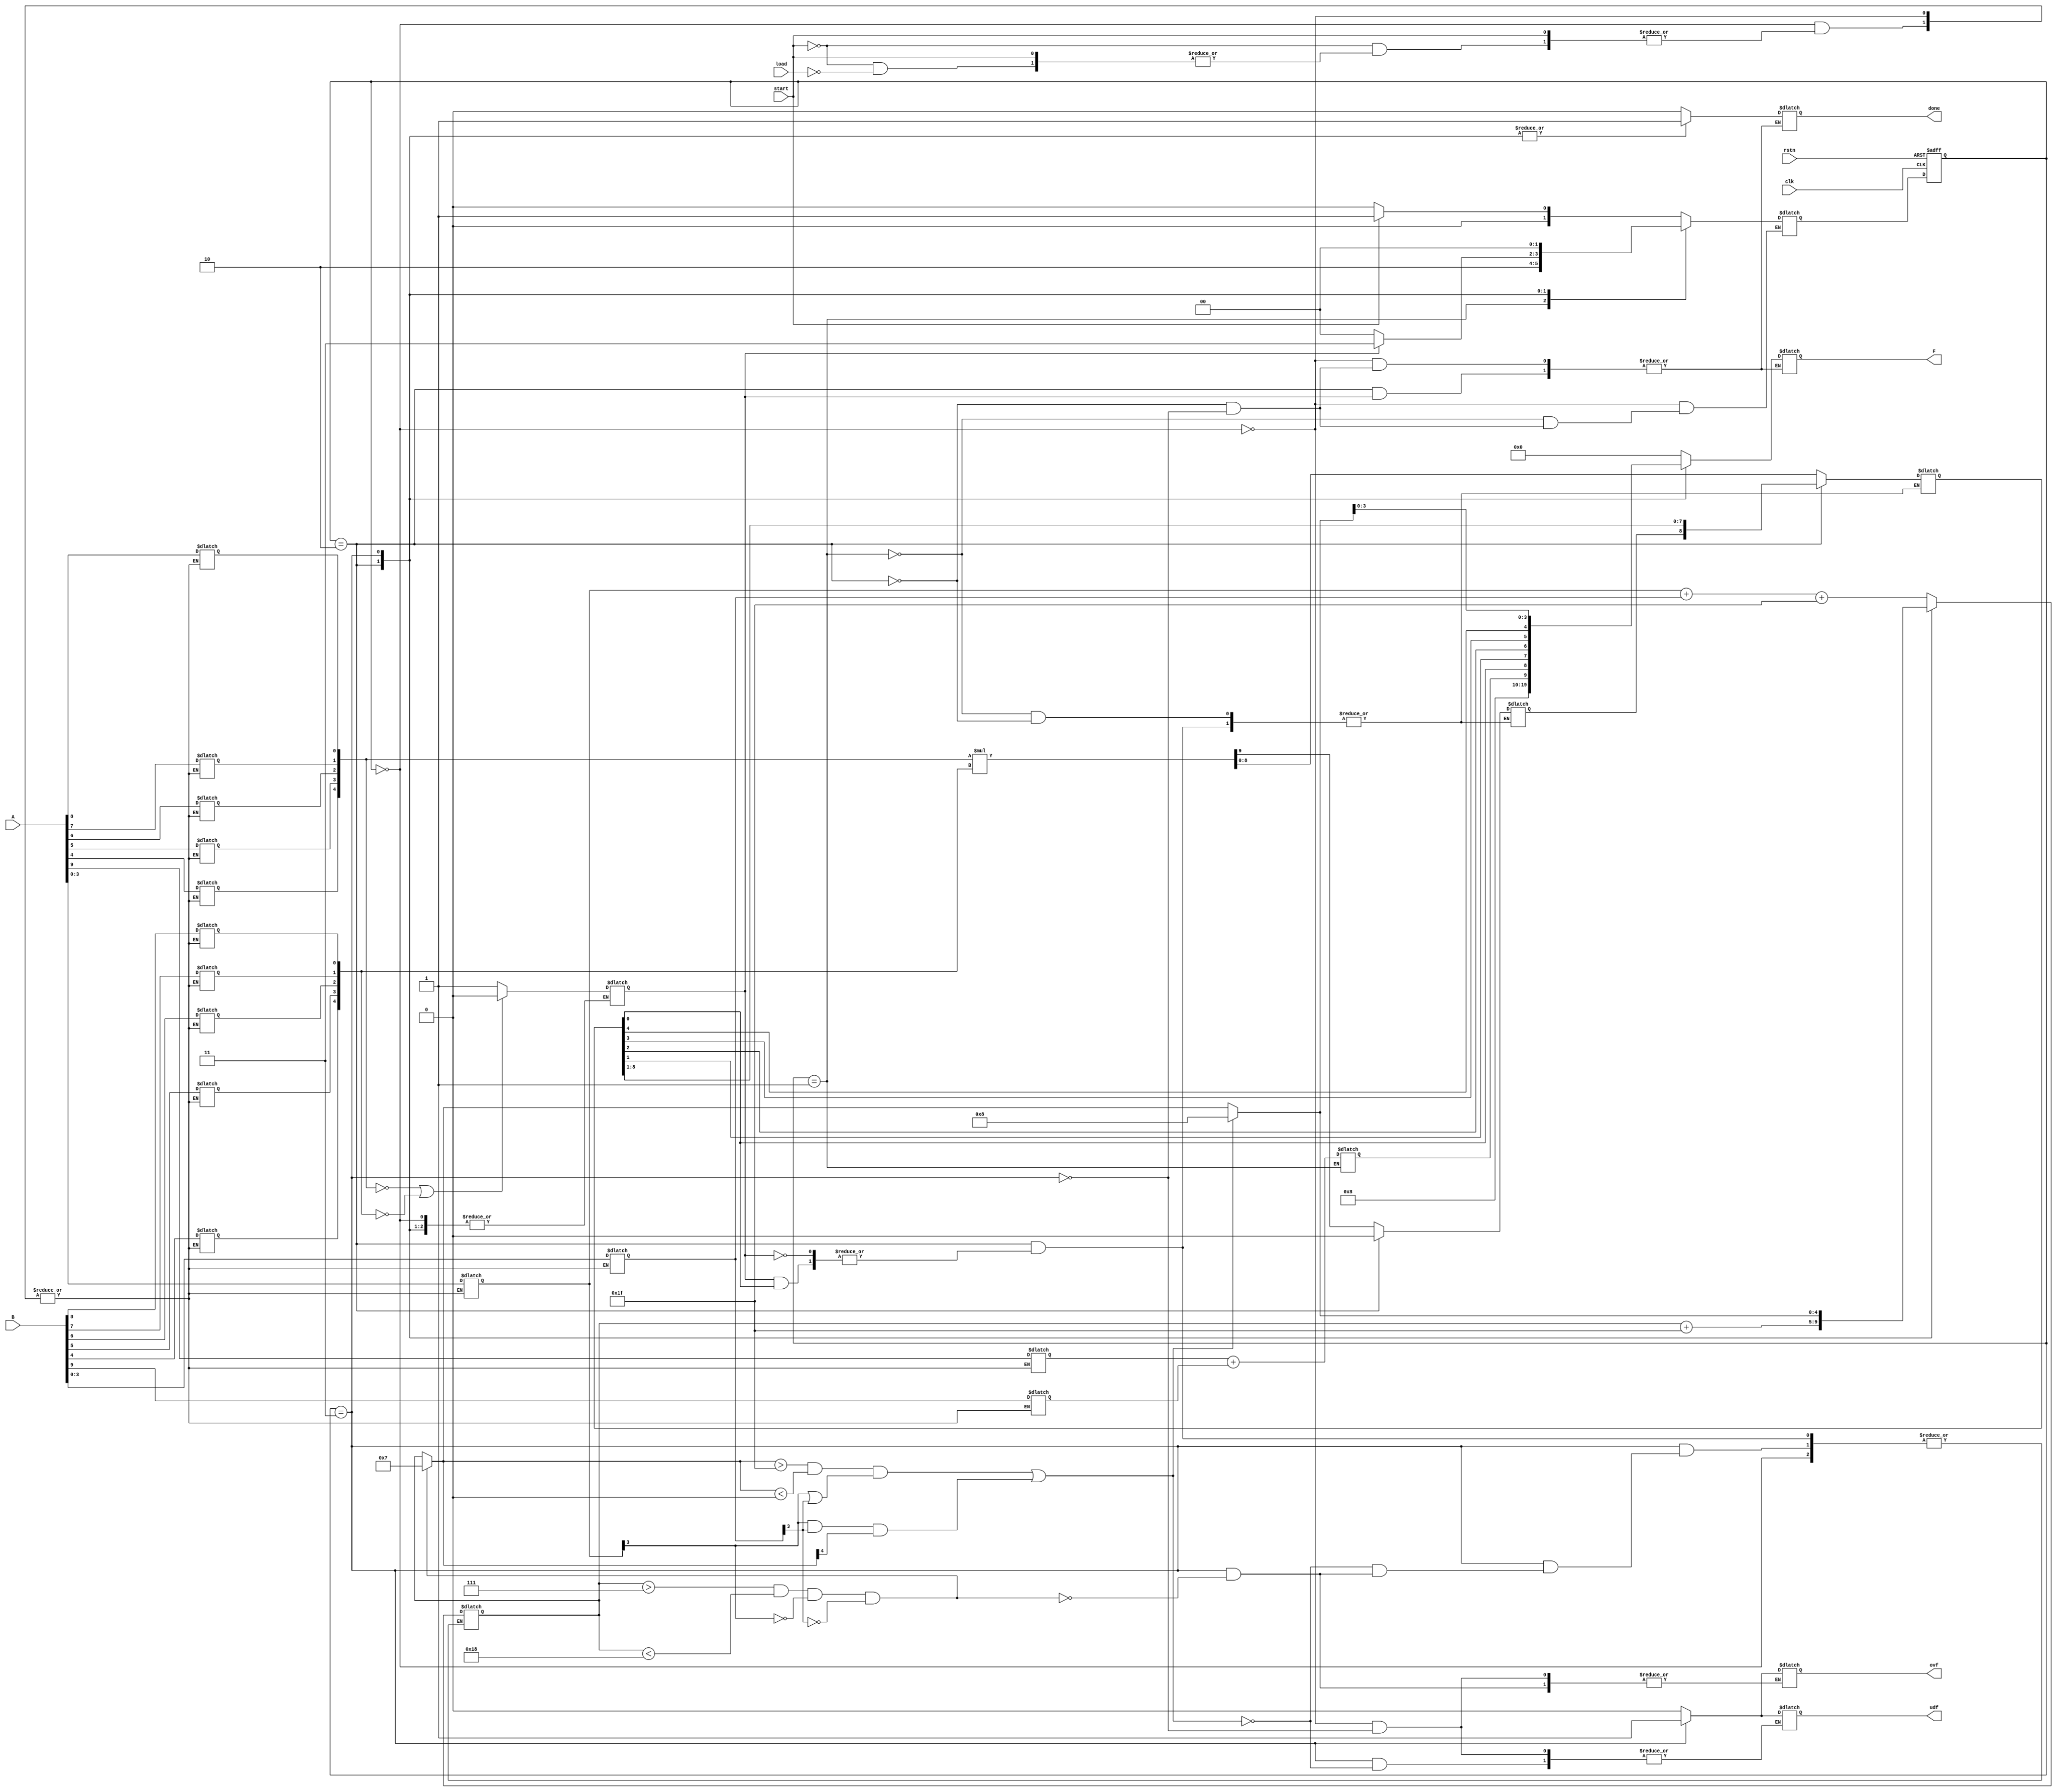
//  200421379 
//    
// Verilog source

`timescale 1 ns / 1 ps 

//  
`define S0 2'b00
`define S1 2'b01
`define S2 2'b10
`define S3 2'b11

module mut ( clk ,rstn ,start ,load ,A ,B ,udf ,ovf ,done ,F );
	
	input clk, rstn, start, load;
	input [9:0] A, B;
	
	output udf, ovf, done;
	output [9:0] F;

	reg done, ovf, udf;
	reg [9:0] F;
	
	reg [1:0] cs, ns;
	
	//    
	reg [4:0] m_a, m_b;
	reg [9:0] m_r;
	reg m_r_p, m_a_p, m_b_p;
	
	//    
	reg [3:0] e_a, e_b;
	reg [4:0] e_r;
	
	reg fflag;

	always @(posedge clk or negedge rstn) begin 
		if(!rstn)	cs<=`S0;		//  
		else		cs<=ns;		//   
	end
	
	always @(cs or load) begin
		case(cs)  
			`S0 :begin
				if(start==1) ns<=`S1;						// start 1 S1 .
				else if(start==0) begin ns<=`S0;	// start 0  S0 
					if(load==1) begin						// start 0 load 1   (  )
						m_a[0]<=A[8];
						m_a[1]<=A[7];
						m_a[2]<=A[6];
						m_a[3]<=A[5];
						m_a[4]<=A[4];
						m_a_p<=A[9];
						
						m_b[0]<=B[8];
						m_b[1]<=B[7];
						m_b[2]<=B[6];
						m_b[3]<=B[5];
						m_b[4]<=B[4];
						m_b_p<=B[9];						
						
						e_a<=A[3:0];
						e_b<=B[3:0];
					end
				end
				else ns<=ns;								//  
				
				udf<=0;
				ovf<=0;
				done<=0;
				F<=0;
				
				end
			`S1:begin
				ns <= `S2;									//  S2 
				m_r <= m_a*m_b;						//  
				m_r_p <= m_a_p+m_b_p;			//   
				e_r <= e_a+e_b+5'b11111;			//  
				if(m_a==0||m_b==0) fflag=0; else fflag=1;	//  0 fflag
			end
			`S2:
				if(fflag==1)	begin
					ns<=`S3;								//  S3 
					if(m_r[0]==0) begin
						m_r <= m_r >> 1;				//  
						m_r[9] <= 0;      				//  0
						e_r <= e_r +5'b11111;		//  1
					end
				end
				else if(fflag==0) begin
					ns<=`S0;								// F 0 S0 
					done<=1;
					F<=10'b000000_1000;			// F  0,  -8 
				end
			`S3:begin
				ns<=`S0;										//  S0 
				if(e_r>7 && e_r<24 && e_a[3]==0 && e_b[3]==0) begin	//   + 
					ovf<=1;	 
					e_r=4'b0111;		//      7 
				end
				if(e_r>31 && e_r<0 && (e_a[3]!=0 || e_b[3]!=0) || ((e_a[3]==1 && e_b[3]==1) && e_r[4]==1)) begin	//   +   .
					udf<=1;
					e_r=4'b1000;		//      -8 
				end
				done<=1;
				//   
				F<={m_r_p, m_r[0], m_r[1], m_r[2], m_r[3], m_r[4], e_r[3], e_r[2], e_r[1], e_r[0]};
			end
		endcase
	end
endmodule